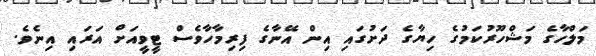
މަލްހާގެ މަޝްހޫރުކަމުގެ ހިޔާގެ ދަށުގައި އިން އޭނާގެ ފިރިމާހާވެސް ޓީވީއަށް އަރައި އިނެވެ.